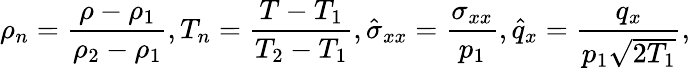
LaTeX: \rho_{n}=\frac{\rho-\rho_{1}}{\rho_{2}-\rho_{1}},T_{n}=\frac{T-T_{1}}{T_{2}-T_{1}},\hat{\sigma}_{xx}=\frac{\sigma_{xx}}{p_{1}},\hat{q}_{x}=\frac{q_{x}}{p_{1}\sqrt{2T_{1}}},